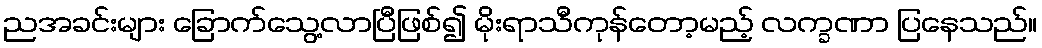
ညအခင်းများ ခြောက်သွေ့လာပြီဖြစ်၍ မိုးရာသီကုန်တော့မည့် လက္ခဏာ ပြနေသည်။